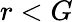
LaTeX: r<G